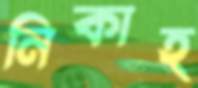
নিকাহ্